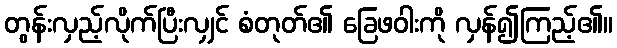
တွန်းလှည့်လိုက်ပြီးလျှင် စံတုတ်၏ ခြေဖဝါးကို လှန်၍ကြည့်၏။